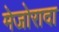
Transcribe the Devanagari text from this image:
मेजोरादा